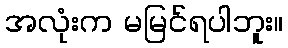
အလုံးက မမြင်ရပါဘူး။